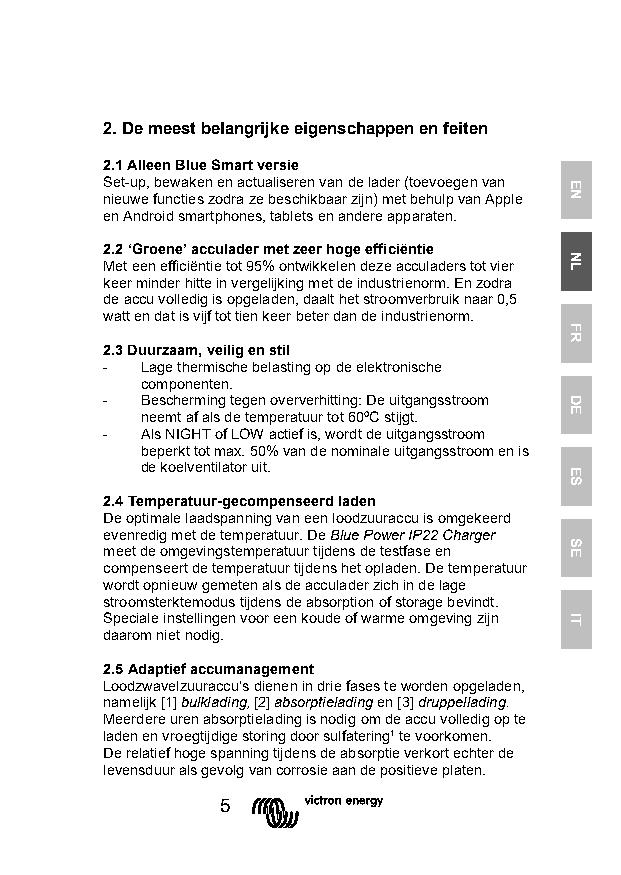
2. De meest belangrijke eigenschappen en feiten
 2.1 Alleen Blue Smart versie
 Set-up, bewaken en actualiseren van de lader (toevoegen van
 nieuwe functies zodra ze beschikbaar zijn) met behulp van Apple
 en Android smartphones, tablets en andere apparaten.
 2.2 ‘Groene’ acculader met zeer hoge efficiëntie
 Met een efficiëntie tot 95% ontwikkelen deze acculaders tot vier
 keer minder hitte in vergelijking met de industrienorm. En zodra
 de accu volledig is opgeladen, daalt het stroomverbruik naar 0,5
 watt en dat is vijf tot tien keer beter dan de industrienorm.
 2.3 Duurzaam, veilig en stil
 - Lage thermische belasting op de elektronische
 componenten.
 - Bescherming tegen oververhitting: De uitgangsstroom
 neemt af als de temperatuur tot 60ºC stijgt.
 - Als NIGHT of LOW actief is, wordt de uitgangsstroom
 beperkt tot max. 50% van de nominale uitgangsstroom en is
 de koelventilator uit.
 2.4 Temperatuur-gecompenseerd laden
 De optimale laadspanning van een loodzuuraccu is omgekeerd
 evenredig met de temperatuur. De Blue Power IP22 Charger
 meet de omgevingstemperatuur tijdens de testfase en
 compenseert de temperatuur tijdens het opladen. De temperatuur
 wordt opnieuw gemeten als de acculader zich in de lage
 stroomsterktemodus tijdens de absorption of storage bevindt.
 Speciale instellingen voor een koude of warme omgeving zijn
 daarom niet nodig.
 2.5 Adaptief accumanagement
 Loodzwavelzuuraccu's dienen in drie fases te worden opgeladen,
 namelijk [1] bulklading, [2] absorptielading en [3] druppellading.
 Meerdere uren absorptielading is nodig om de accu volledig op te
 laden en vroegtijdige storing door sulfatering¹ te voorkomen.
 De relatief hoge spanning tijdens de absorptie verkort echter de
 levensduur als gevolg van corrosie aan de positieve platen.
 5
 EN
 NL
 FR
 DE
 ES
 SE
 IT